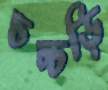
চচ্চড়ি